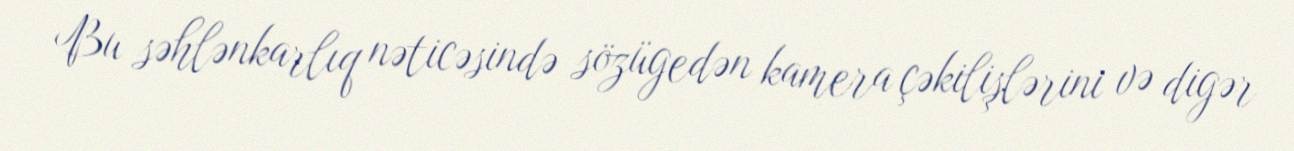
Bu səhlənkarlıq nəticəsində sözügedən kamera çəkilişlərini və digər